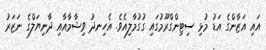
އައި އަޒާންގެ އަޑު މުޅި ސިޓިންގްރޫމުގައި ގުގުމާލިއެވެ. އެހިނދު ވިޝާމާއާއި ދާނިޔަލްގެ ނަޒަރު